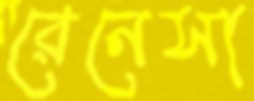
রেনেসা